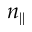
n _ { \parallel }